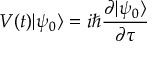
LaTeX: V ( t ) | \psi _ { 0 } \rangle = i \hbar { \frac { \partial | \psi _ { 0 } \rangle } { \partial \tau } }